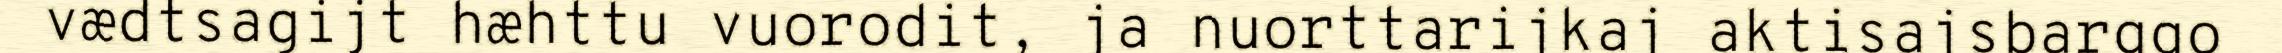
vædtsagijt hæhttu vuorodit, ja nuorttarijkaj aktisajsbarggo